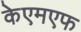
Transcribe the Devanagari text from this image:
केएमएफ